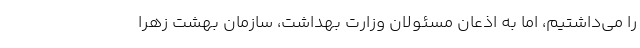
را می‌داشتیم، اما به اذعان مسئولان وزارت بهداشت، سازمان بهشت زهرا